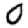
Digit: 0